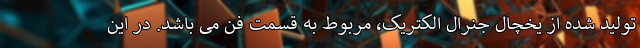
تولید شده از یخچال جنرال الکتریک، مربوط به قسمت فن می باشد. در این